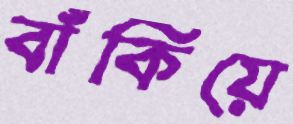
বাঁকিয়ে